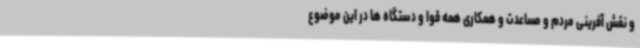
و نقش آفرینی مردم و مساعدت و همکاری همه قوا و دستگاه ها در این موضوع